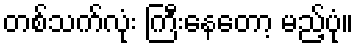
တစ်သက်လုံး ကြီးနေတော့ မည့်ပုံ။